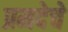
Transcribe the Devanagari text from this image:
प्रमदेचे